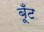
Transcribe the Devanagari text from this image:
बूँट